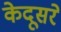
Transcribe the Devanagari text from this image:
केदूसरे